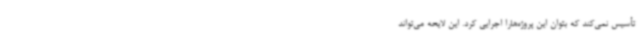
تأسیس نمی‌کند که بتوان این پروژه‌هارا اجرایی کرد. این لایحه می‌تواند